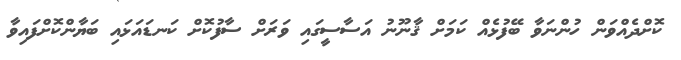
ކޮށްދެއްވަން ހުންނަވާ ބޭފުޅެއް ކަމަށް ޤާނޫނު އަސާސީގައި ވަރަށް ސާފުކޮށް ކަނޑައަޅައި ބަޔާންކޮށްފައިވާ